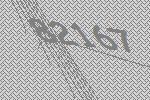
82167